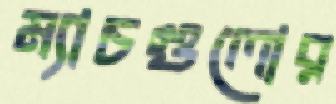
ম্যাচগুলোর